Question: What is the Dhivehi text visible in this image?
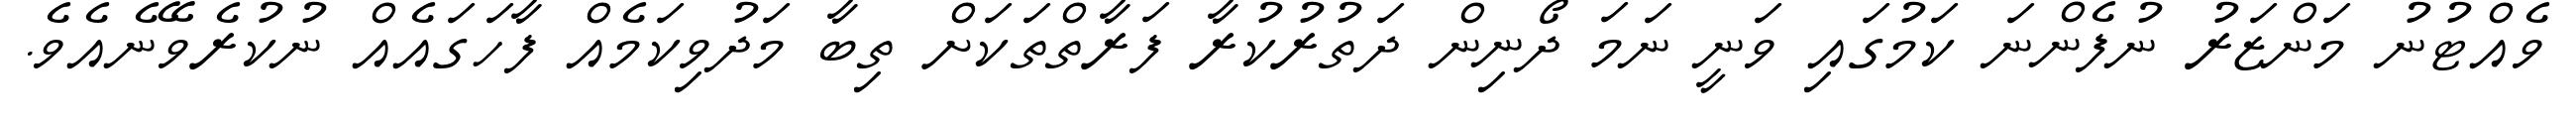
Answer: ވެއްޓުނު މަންޒަރު ނުފެންނަ ކަމުގައި ވަނީ ނަމަ ދޯނިން ދަތުރުކުރާ ފަރާތްތަކަށް ތިބާ މަދުވިކަމެއް ފާހަގައެއް ނުކުރެވޭނެއެވެ.